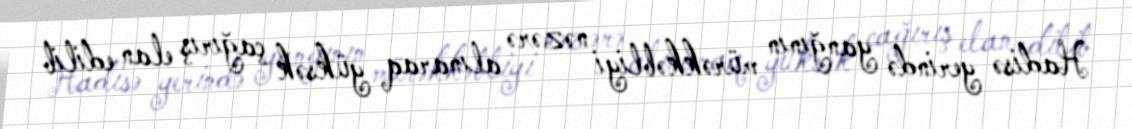
Hadisə yerində yanğının mürəkkəbliyi nəzərə alınaraq yüksək çağırış elan edilib